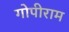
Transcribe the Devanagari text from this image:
गोपीराम